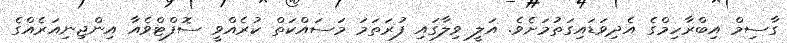
ގާސިމް އިބްރާހިމްގެ އެދިވަޑައިގަތުމަށެވެ. އަލީ ވިލާގައި ފުރަތަމަ މަސައްކަތް ކުރެއްވީ ސޮފްޓްވެއާ އިންޖިނިއަރެއްގެ